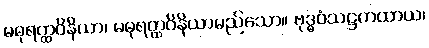
မဓုရတ္ထဝိနိယာ၊ မဓုရတ္ထဝိနိယာမည်သော။ ဗုဒ္ဓဝံသဋ္ဌကထာယ၊